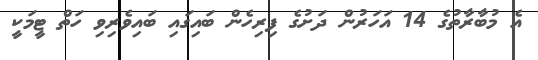
އެ މުބާރާތުގެ 14 އަހަރުން ދަށުގެ ފިރިހެން ބައިގައި ބައިވެރިވި ހަތް ޓީމަކީ